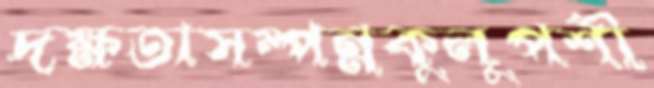
দক্ষতাসম্পন্নকুলুপশী